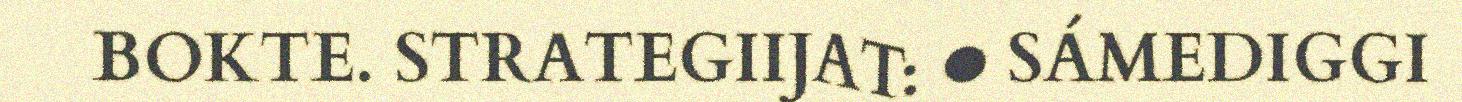
BOKTE. STRATEGIIJAT: ● SÁMEDIGGI